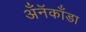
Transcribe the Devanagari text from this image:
अँनॅकाँडा